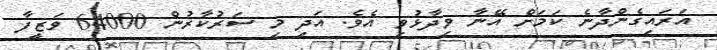
އަރައިގެންދާނެ ކަމަށް އޭނާ ވިދާޅުވި އެވެ. އަދި މި ސަރުކާރުން 64000 ވަޒީފާ